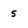
Character: 5